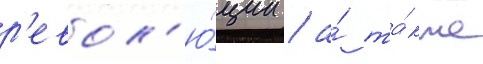
р'евол'ю́ции / а́ та́кже